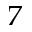
^ 7